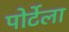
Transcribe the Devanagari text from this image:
पोर्टेला